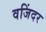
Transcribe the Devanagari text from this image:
वजिंदर